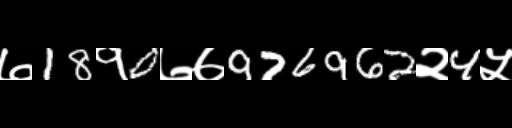
Text: ७18१0७७976962२4५